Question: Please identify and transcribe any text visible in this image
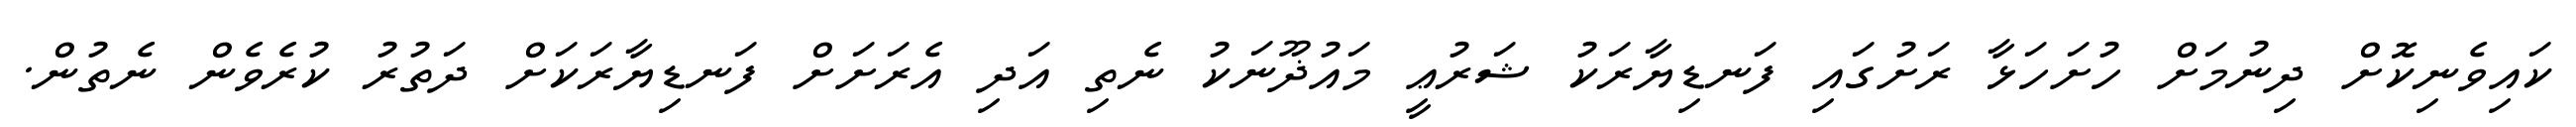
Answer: ކައިވެނިކޮށް ދިނުމަށް ހުށަހަޅާ ރަށުގައި ފަނޑިޔާރަކު ޝަރުޢީ މައުޛޫނަކު ނެތި އަދި އެރަށަށް ފަނޑިޔާރަކަށް ދަތުރު ކުރެވެން ނެތުން.